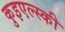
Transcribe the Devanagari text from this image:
कुइएल्स्की